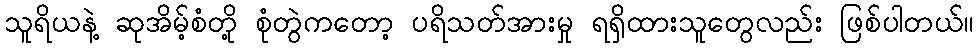
သူရိယနဲ့ ဆုအိမ့်စံတို့ စုံတွဲကတော့ ပရိသတ်အားမှု ရရှိထားသူတွေလည်း ဖြစ်ပါတယ်။